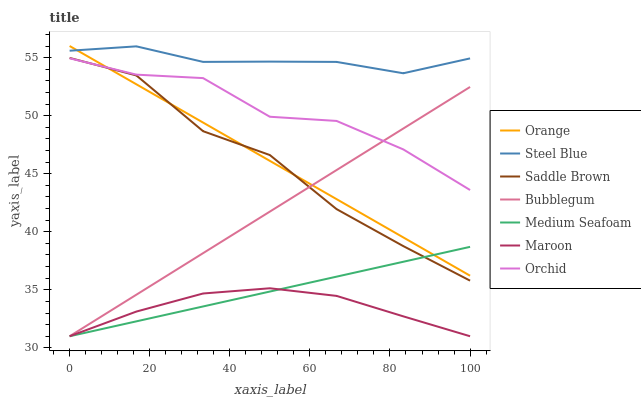
| xaxis_label | Orange | Steel Blue | Saddle Brown | Bubblegum | Medium Seafoam | Maroon | Orchid |
 | --- | --- | --- | --- | --- | --- | --- | --- |
 | 0 | 56 | 55.6 | 55 | 31 | 31 | 31 | 54.9 |
 | 16.7 | 52.7 | 56 | 53.5 | 34.6 | 32.3 | 33.1 | 53.5 |
 | 33.3 | 49.4 | 54.6 | 48.7 | 38.2 | 33.6 | 34.7 | 53.2 |
 | 50 | 46.1 | 54.7 | 46.6 | 41.7 | 34.8 | 35.1 | 49.9 |
 | 66.7 | 42.8 | 54.6 | 41.9 | 45.3 | 36.1 | 34.5 | 49.5 |
 | 83.3 | 39.5 | 53.7 | 38.8 | 48.9 | 37.4 | 32.7 | 47.1 |
 | 100 | 36.2 | 54.9 | 35.8 | 52.5 | 38.7 | 31 | 43.6 |